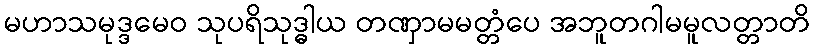
မဟာသမုဒ္ဒမေဝ သုပရိသုဒ္ဓါယ တဏှာမမတ္တံပေ အဘူတဂါမမူလတ္တာတိ